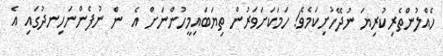
ހެއްލުންތެރިކުރިޔަ ނުދޭހުށިކަމެވެ! ހަމަކަށަވަރުން ތިޔަބައިމީހުންނަށް އެ  ން ނުފެންނަހިނދުގައި އެ